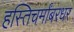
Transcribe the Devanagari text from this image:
हस्तिचर्मांबरधर